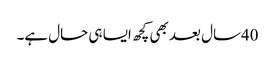
40سال بعد بھی کچھ ایسا ہی حال ہے۔